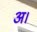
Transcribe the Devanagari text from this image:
अ।